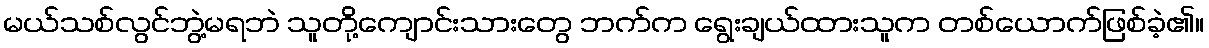
မယ်သစ်လွင်ဘွဲ့မရဘဲ သူတို့ကျောင်းသားတွေ ဘက်က ရွေးချယ်ထားသူက တစ်ယောက်ဖြစ်ခဲ့၏။